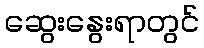
ဆွေးနွေးရာတွင်